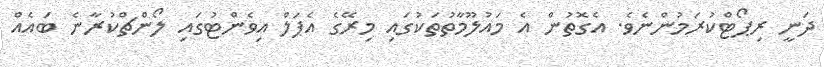
ދަނީ ރިޕޯޓްކުރަމުންނެވެ. އެގޮތުން އެ މައުލޫމާތުތަކުގައި މިރޭގެ އެޕަލް އިވެންޓުގައި ލޯންޗްކުރާނެ ބައެއް